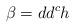
LaTeX: \begin{align*}\beta = dd^c h\end{align*}